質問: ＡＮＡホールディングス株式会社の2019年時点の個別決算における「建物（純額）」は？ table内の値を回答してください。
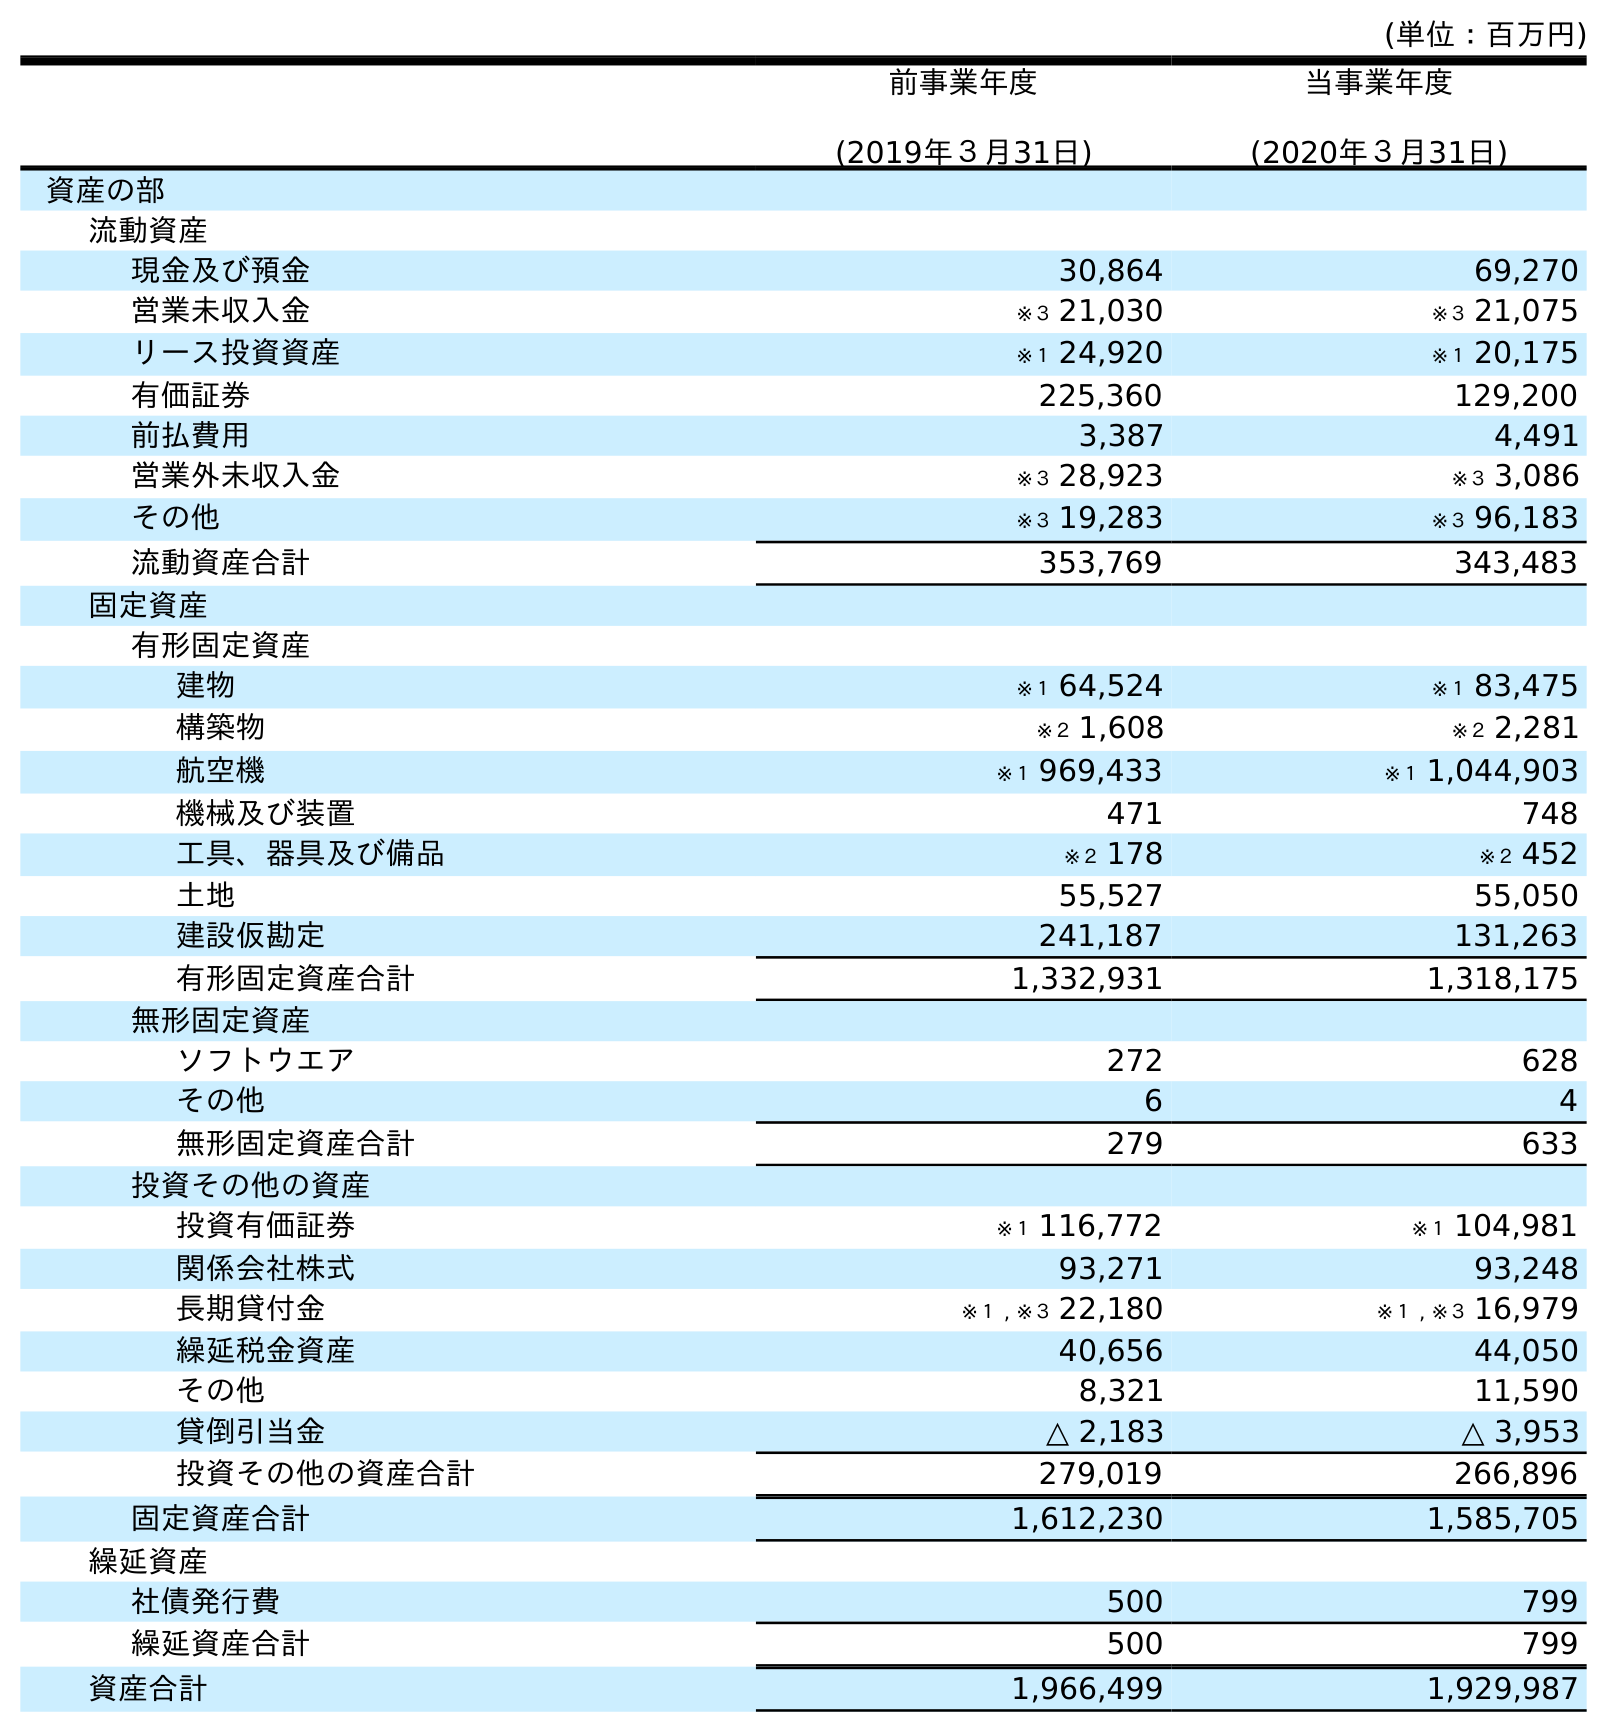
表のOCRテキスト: (単位：百万円) 前事業年度 (2019年３月31日) 当事業年度 (2020年３月31日) 資産の部 流動資産 現金及び預金 30,864 69,270 営業未収入金 ※３ 21,030 ※３ 21,075 リース投資資産 ※１ 24,920 ※１ 20,175 有価証券 225,360 129,200 前払費用 3,387 4,491 営業外未収入金 ※３ 28,923 ※３ 3,086 その他 ※３ 19,283 ※３ 96,183 流動資産合計 353,769 343,483 固定資産 有形固定資産 建物 ※１ 64,524 ※１ 83,475 構築物 ※２ 1,608 ※２ 2,281 航空機 ※１ 969,433 ※１ 1,044,903 機械及び装置 471 748 工具、器具及び備品 ※２ 178 ※２ 452 土地 55,527 55,050 建設仮勘定 241,187 131,263 有形固定資産合計 1,332,931 1,318,175 無形固定資産 ソフトウエア 272 628 その他 6 4 無形固定資産合計 279 633 投資その他の資産 投資有価証券 ※１ 116,772 ※１ 104,981 関係会社株式 93,271 93,248 長期貸付金 ※１ , ※３ 22,180 ※１ , ※３ 16,979 繰延税金資産 40,656 44,050 その他 8,321 11,590 貸倒引当金 △ 2,183 △ 3,953 投資その他の資産合計 279,019 266,896 固定資産合計 1,612,230 1,585,705 繰延資産 社債発行費 500 799 繰延資産合計 500 799 資産合計 1,966,499 1,929,987
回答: ※１64,524